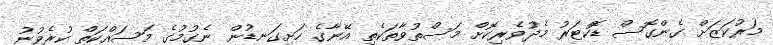
މަރުކަޒަށް ގެންގޮސް ޑޮކްޓަރު މެދުވެރިކޮށް މަސްތުވާތަކެތި އޭނާގެ ހަށިގަނޑުން ނެގުމުގެ މަސައްކަތް ކުރެވުނު